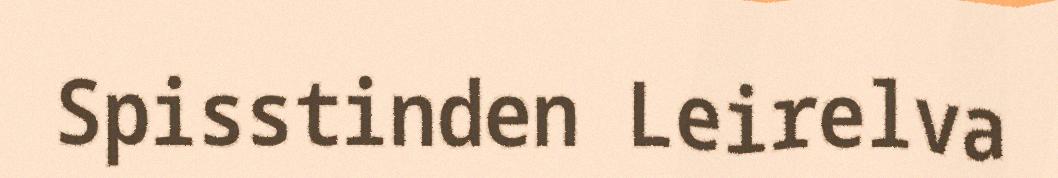
Spisstinden Leirelva